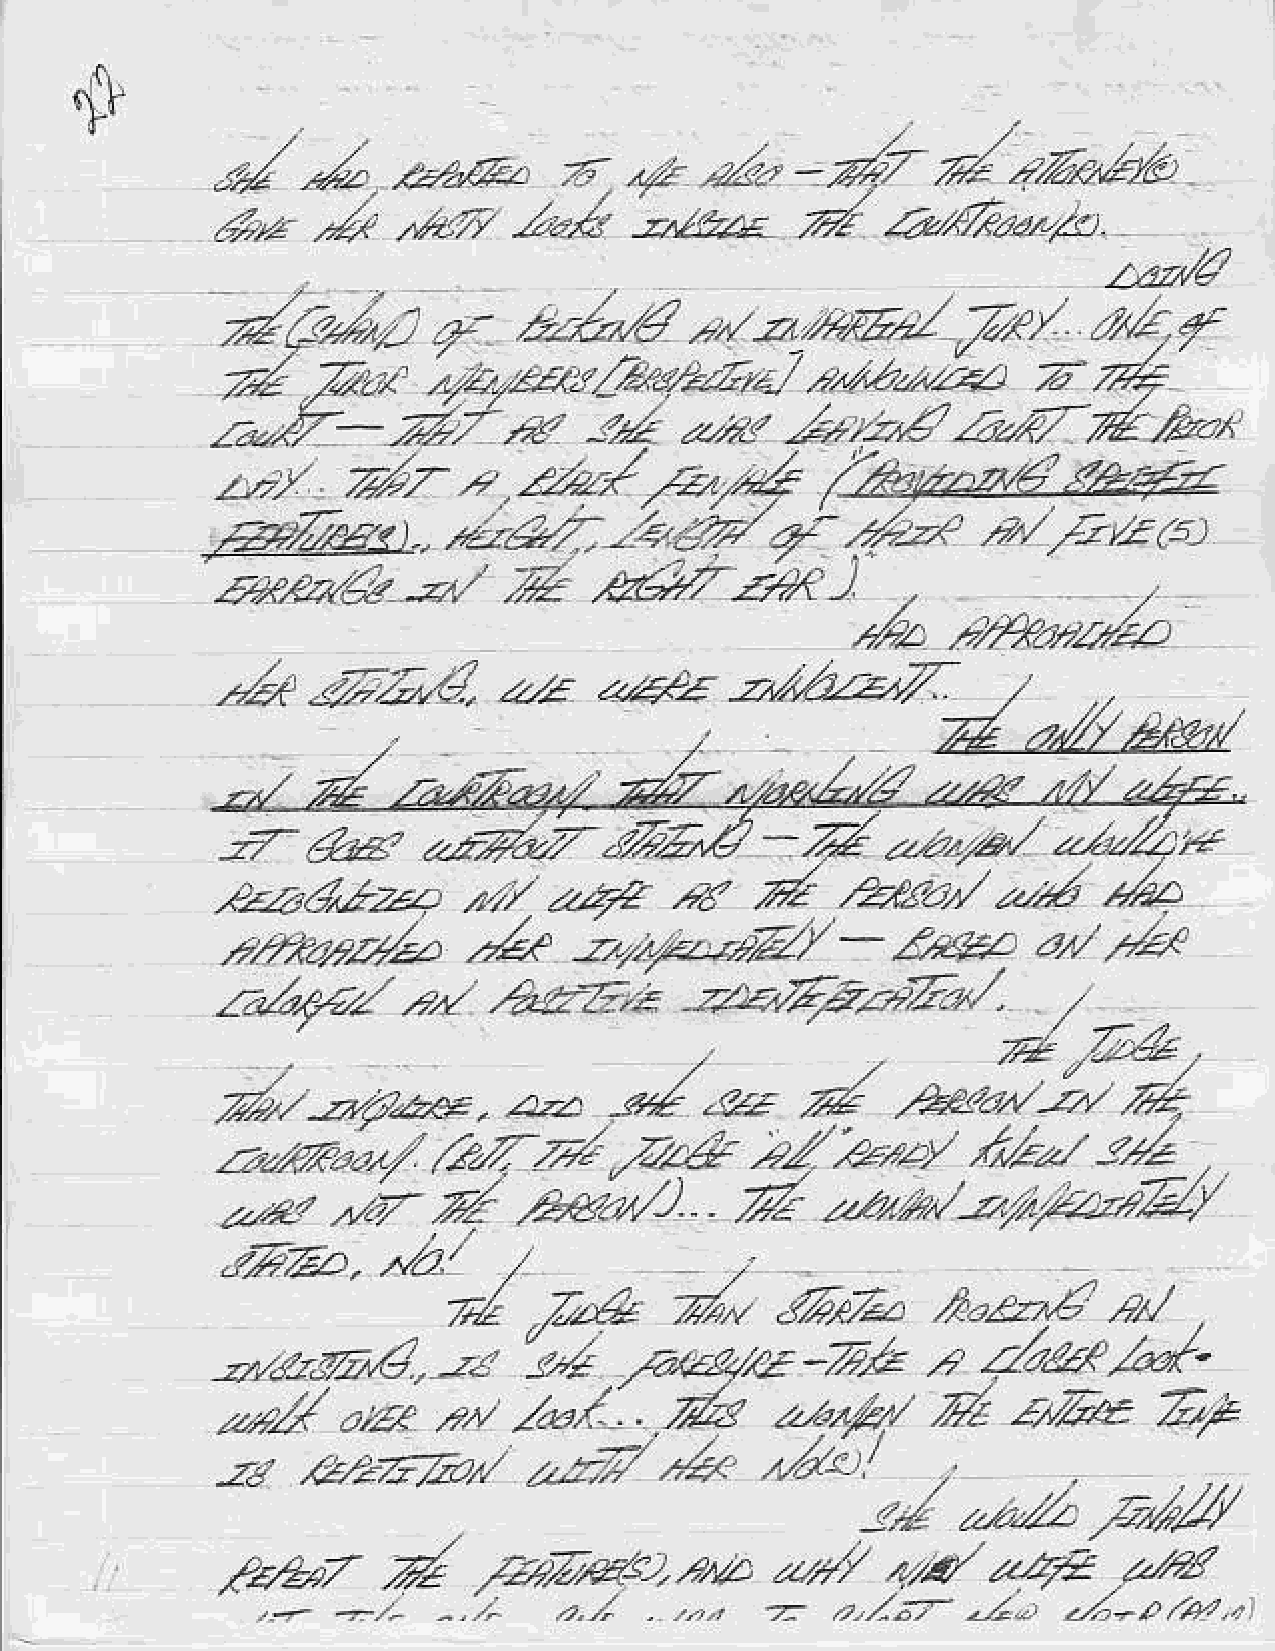
+1
 *     oza                  a/"-*              ,/
 -/                     z,   tz                  a{   -,Zpl*
 d    a                   .
 4z     .1t          /e&     -v"ca                4<*,zt.
 --.
 ,A     52*d,       a.r
 a,,€4.  -z*,r12,.v7:
 u
 ,*22        7,*'Z       -.7*,.,22.,       *-/2,+
 -z
 lr            z     d              *.J       .
 *cra"
 4.bd^,422
 -z.ztz
 ,-*b..r"                              t     Z*4       al
 .>4r   -i,t  zz;aZ       -                /'44
 r.1zyz-      z^    .atT'z      :-zbFd.c.Vn/.
 vl/u
 i4    -     n     B;i;Z
 z2z
 z.*.  -zzdze.
 .1Za'/        ,'l-,
 /z-,{                           -"4
 zza{<ea/       arZ   z.h/
 4
 /n-          da42.         2,,.,,.at-z,as--,rfu
 .
 "."4"
 tbTzo-
 ,r',41il
 /,,r             2.214      24
 /"ze             9.zr7.o
 _       !*-    riri               .   Zostz/'
 -r"*
 -A,e.t-6.;
 -2",    a//4   2t  ,/*1.      ds    --.,b'     'd   *ke       Zt
 ,,4
 k                              aZ'
 -.r       ".=7.a/    -,2'f/
 -.      .zZ_   /_2,,1
 ir
 :::4'"/,:4.,:i
 -d
 4?